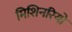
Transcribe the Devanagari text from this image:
मिशिनरियो